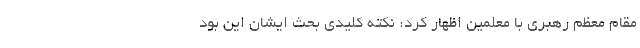
مقام معظم رهبری با معلمین اظهار کرد: نکته کلیدی بحث ایشان این بود